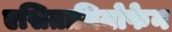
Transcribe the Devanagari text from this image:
एसितामिनोफेन